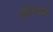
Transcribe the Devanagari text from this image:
ओरगया